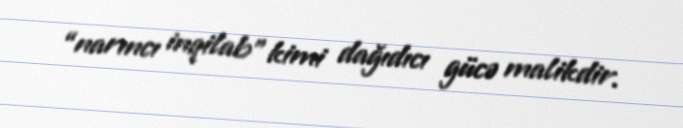
“narıncı inqilab” kimi dağıdıcı gücə malikdir.